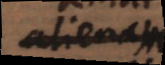
alienam